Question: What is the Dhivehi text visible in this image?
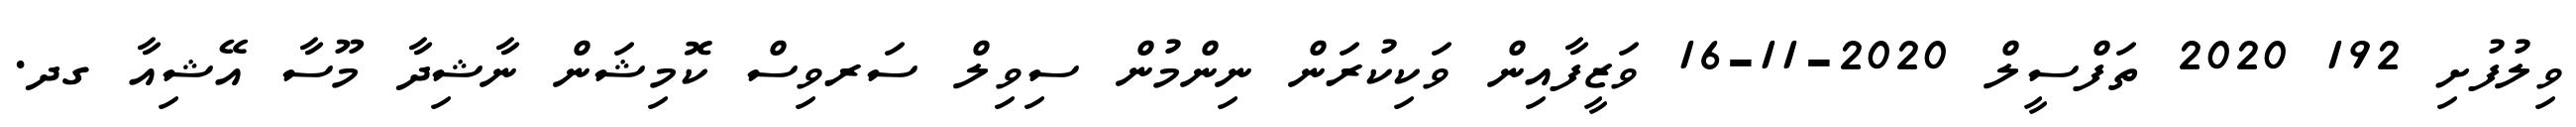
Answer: ވިލުފުށި 192 2020 ތަފްސީލް 2020-11-16 ވަޒީފާއިން ވަކިކުރަން ނިންމުން ސިވިލް ސަރވިސް ކޮމިޝަން ނާޝިދާ މޫސާ އޭޝިއާ ގދ.